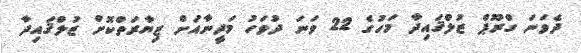
ދެވަނަ ގްރޫޕް ޒުލްޤައިދާ މަހުގެ 22 ވަނަ ދުވަހު މަދީނާއަށް ޒިޔާރަތްކޮށް ޒުލްޤައިދާ